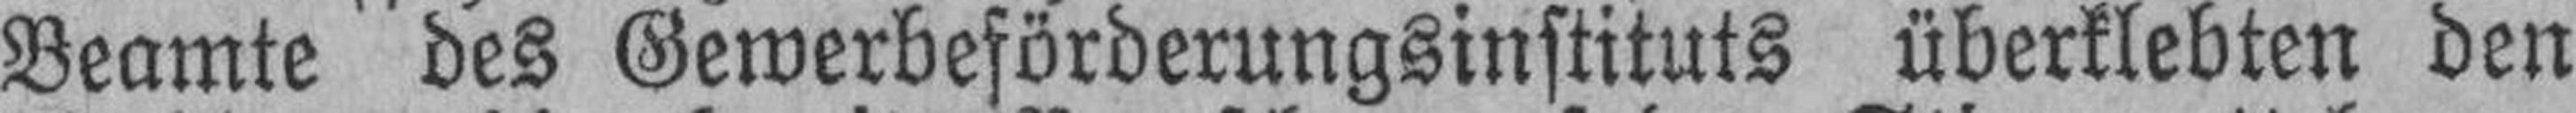
Beamte des Gewerbeförderungsinstituts überklebten den